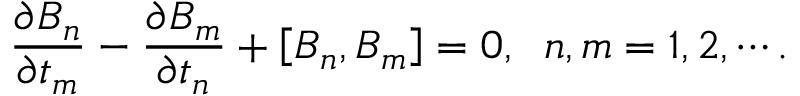
\frac { \partial B _ { n } } { \partial t _ { m } } - \frac { \partial B _ { m } } { \partial t _ { n } } + \left[ B _ { n } , B _ { m } \right] = 0 , \; \; n , m = 1 , 2 , \cdots .